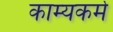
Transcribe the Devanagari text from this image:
काम्यकर्मे